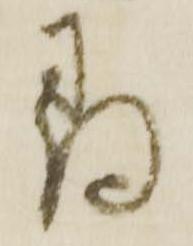
尋